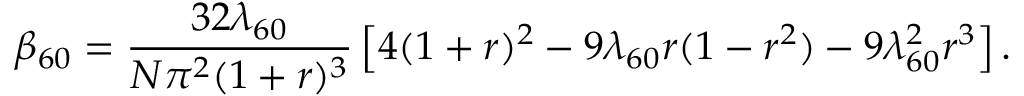
\beta _ { 6 0 } = { \frac { 3 2 \lambda _ { 6 0 } } { N \pi ^ { 2 } ( 1 + r ) ^ { 3 } } } \left[ 4 ( 1 + r ) ^ { 2 } - 9 \lambda _ { 6 0 } r ( 1 - r ^ { 2 } ) - 9 \lambda _ { 6 0 } ^ { 2 } r ^ { 3 } \right] .